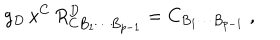
LaTeX: g _ { D } \, x ^ { C } \, R _ { C B _ { 1 } \cdots B _ { p - 1 } } ^ { D } = C _ { B _ { 1 } \cdots B _ { p - 1 } } \ ,